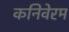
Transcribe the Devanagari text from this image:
कनिवेरम